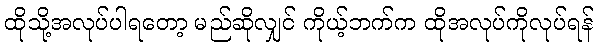
ထိုသို့အလုပ်ပါရတော့ မည်ဆိုလျှင် ကိုယ့်ဘက်က ထိုအလုပ်ကိုလုပ်ရန်